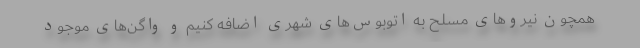
همچون نیروهای مسلح به اتوبوس‌های شهری اضافه کنیم و واگن‌های موجود